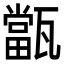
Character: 㽆